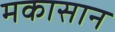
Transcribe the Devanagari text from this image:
मकासान